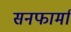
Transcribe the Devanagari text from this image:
सनफार्मा